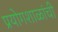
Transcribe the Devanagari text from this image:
प्रयोगशाळांची